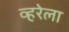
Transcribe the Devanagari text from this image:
व्हरेला